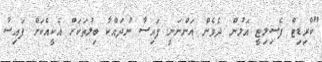
"ކްރިޑިޓް ފެސިލިޓީ އަލުން ދެވެން އަންނަނީ ފައިސާ ނުދައްކާ ބިލުތަކަށް އެކީއެކަށް ފައިސާ